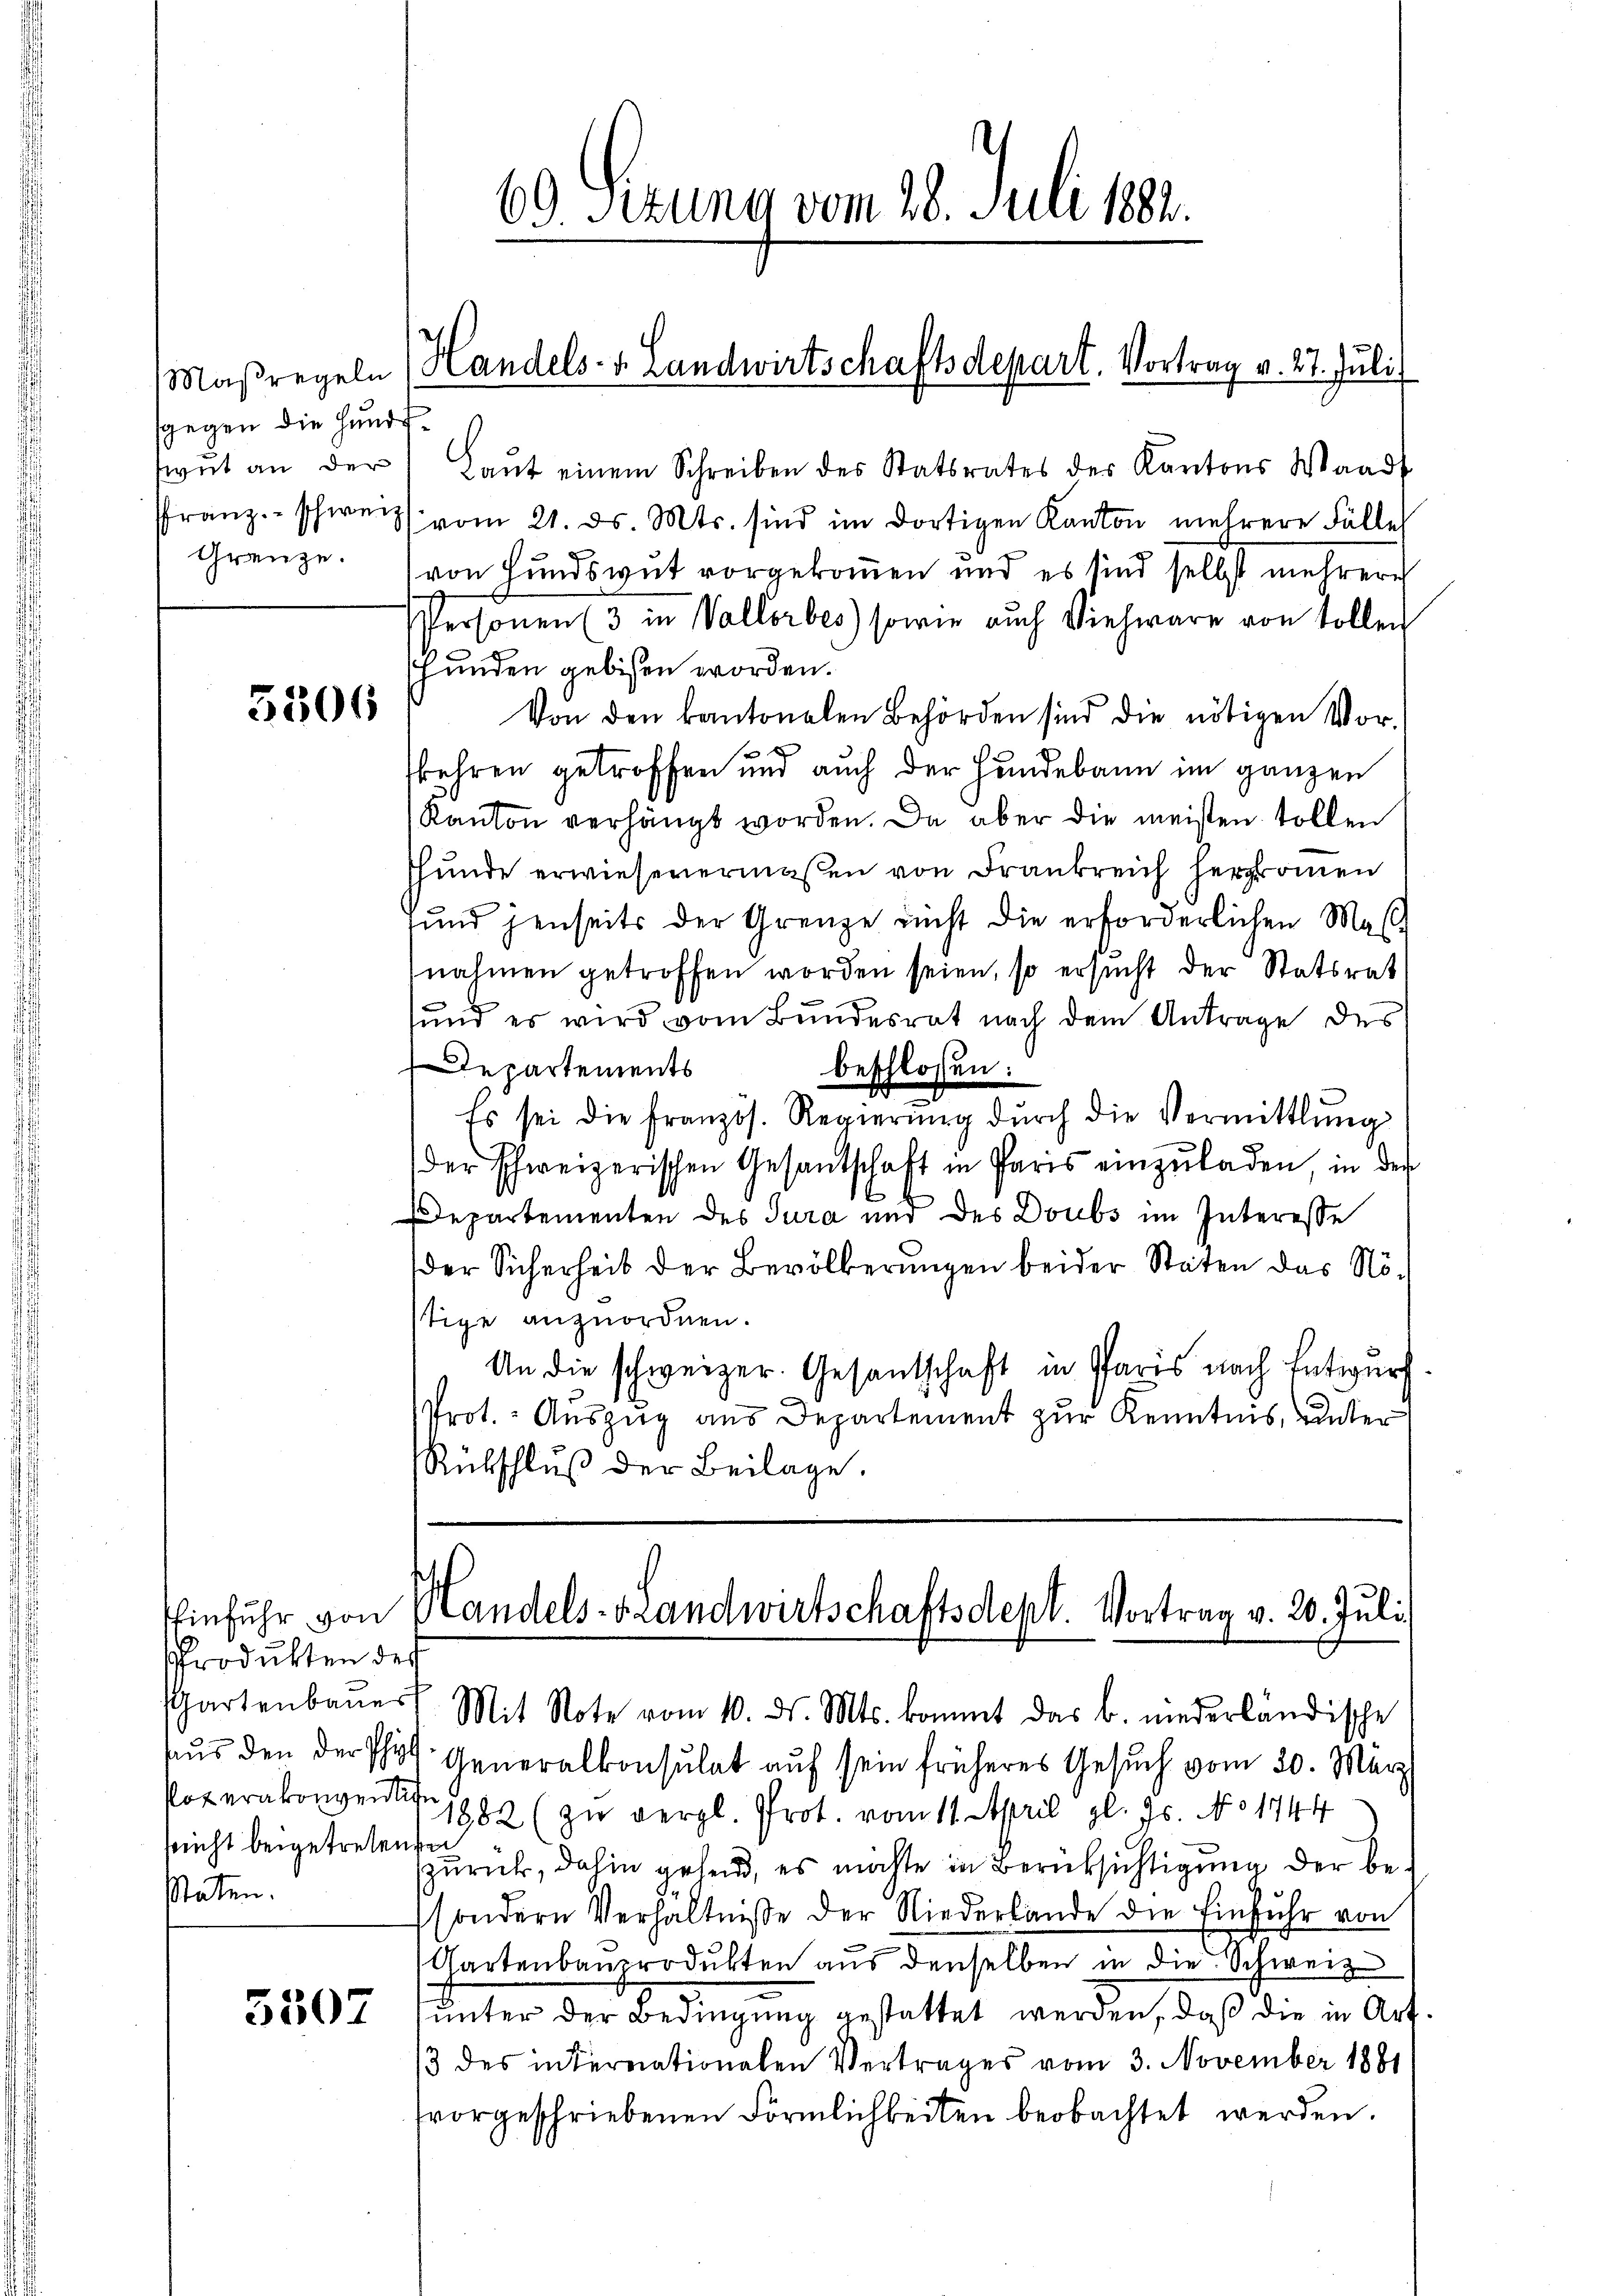
sgegen die Hundt¬

5806

Produkten des
Poterakonventite
sricht beigetretenden
Staten.

5507

wŭt an der Laŭt einem Schreiben des Statsrates des Kantons Waadt
franz schweiz vom 21. ds. Mts. sind im dortigen Kanton mehrere Fälle
Grenze. (von Hundsgut vorgekommen und es sind selbst mehrere
Personen (3 in Vallorbes) sowie auch Viehwäre von sollen
Hunden gebissen worden.
Von den kantonalen Behörden sind die nötigen Vor-
skehren getroffen und auch der Hundebann im ganzen
Kanton verhängt worden. Da aber die meisten sollen
shunde erwiesenermaßen von Frankreich herrommen
fŭnd jenseits der Grenze nicht die erforderlichen Masnahmen getroffen worden seien, so ersucht der Statsrat
und es wird vom Bundesrat nach dem Antrage des
Departements
beschlossen:
Es sei die französ. Regierŭng dŭrch die Vermittlung
der schweizerischen Gesantschaft in Paris einzŭladen, in der
4
Departementen des Jura und des Doubs im Interesse
der Sicherheit der Bevölkerungen beider Staten das Nöstige anzuordnen.
An die schweizer. Gesantschaft in Paris nach Entwurf
Prot. Auszug aus Departement zur Kenntnis, unter
Rübschlŭβ der Beilage.

69. Sezung vom 28. Juli 1882.

Maßregeln) Handels- u. Landwirtschaftsdepart. Vortrag v. 27. Juli

hinfuhr von Handels-Grandwirtschaftsdept. Vortrag v. 20. Juli.

Partenbauer Mit Note vom 10. ds. Mts. kommt das b. niederländische
aŭs den der Phys. Generalkonsulat auf sein früheres Gesuch vom 30. März
1882 (zu vergl. Prot. vom 11. April gl. Js. No 1744
zurück, dahin gehend, es möchte in Berücksichtigung der be
sondern Verhältniße der Niederlande die Einfuhr von
Kartenbauerodukten aus denselben in die Schweiz
unter der Bedingung gestattet werden, daß die in Art.
/3 des internationalen Vertrages vom 3. November 1881
vorgeschriebenen Förmlichkeiten beobachtet werden.